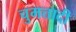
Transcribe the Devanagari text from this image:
चुमत्तादी